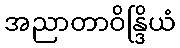
အညာတာဝိန္ဒြိယံ